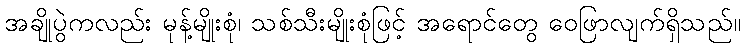
အချိုပွဲကလည်း မုန့်မျိုးစုံ၊ သစ်သီးမျိုးစုံဖြင့် အရောင်တွေ ဝေဖြာလျက်ရှိသည်။